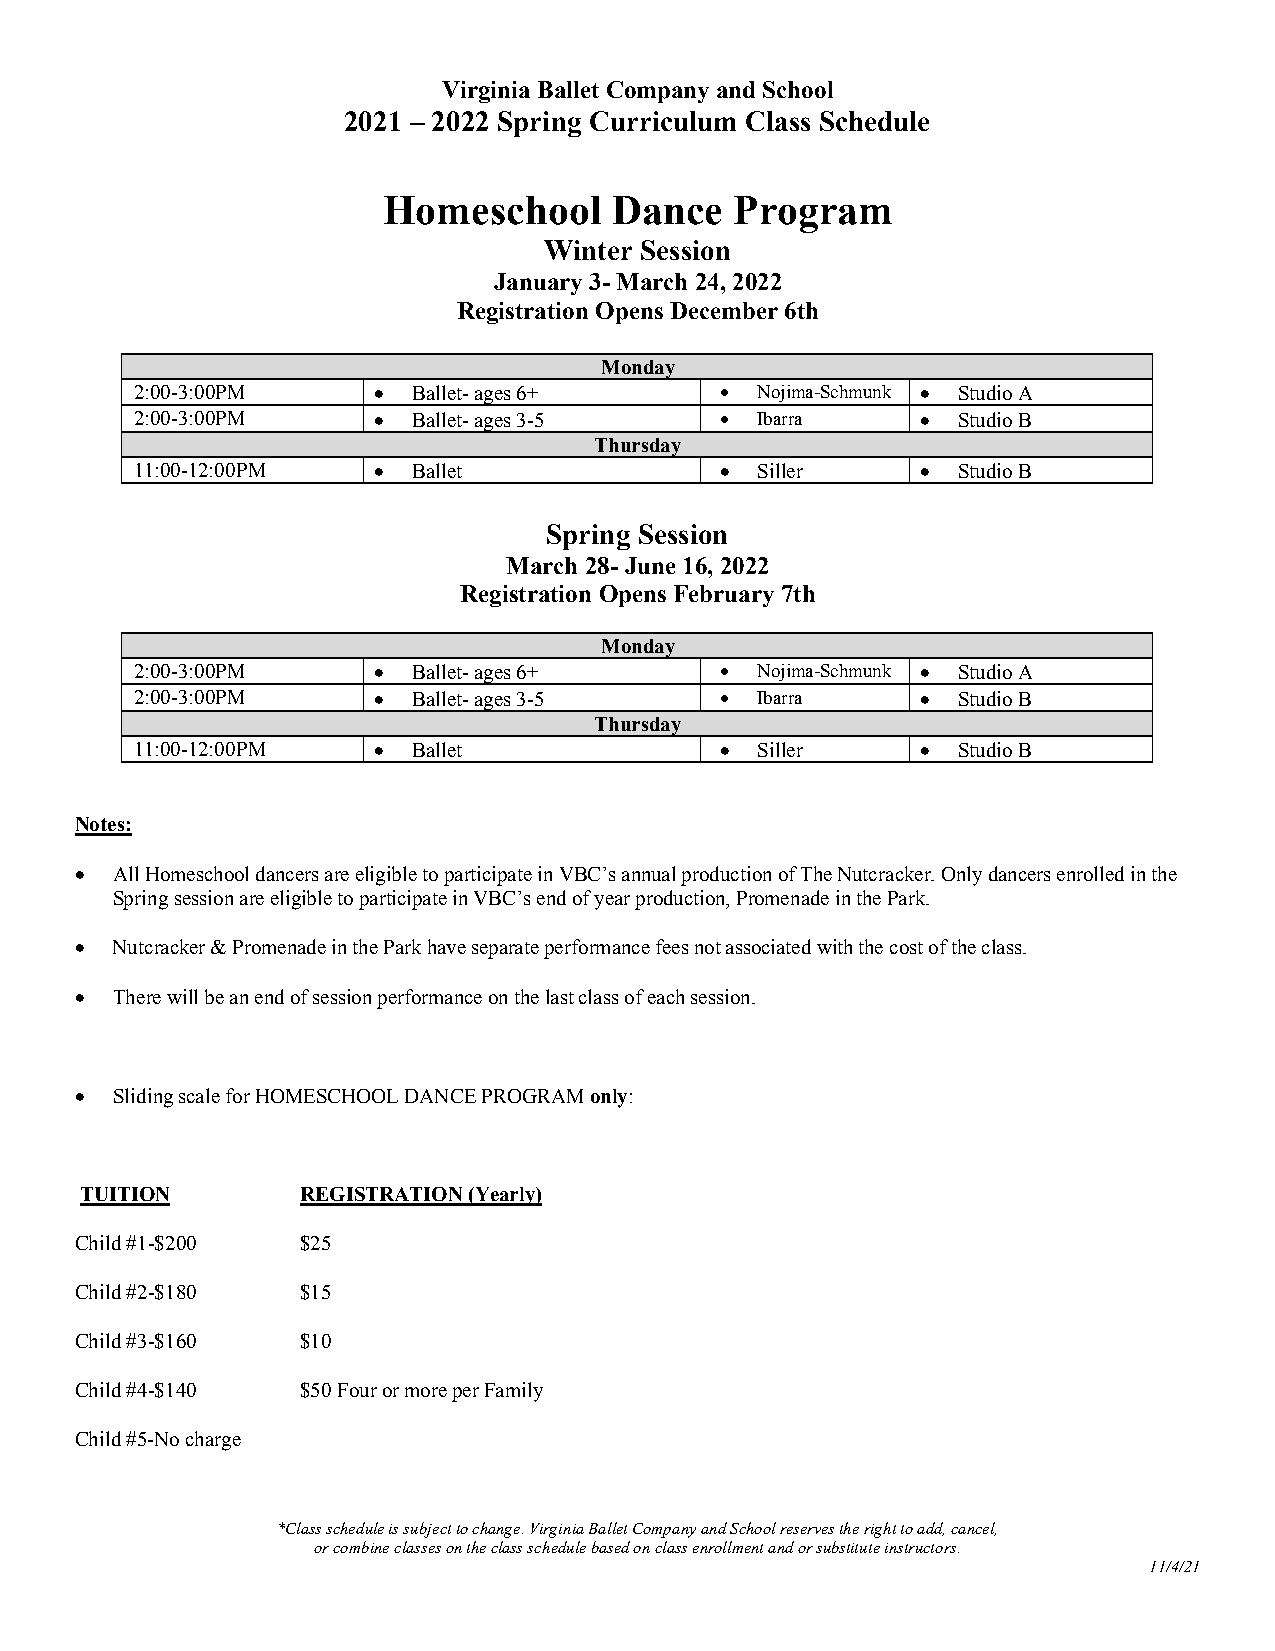
Virginia Ballet Company and School
 2021 – 2022 Spring Curriculum Class Schedule
 Homeschool     Dance    Program
 Winter Session
 January 3- March 24, 2022
 Registration Opens December 6th
 Monday
 2:00-3:00PM     • Ballet- ages 6+      • Nojima-Schmunk • Studio A
 2:00-3:00PM     • Ballet- ages 3-5     • Ibarra     • Studio B
 Thursday
 11:00-12:00PM   • Ballet               • Siller     • Studio B
 Spring Session
 March 28- June 16, 2022
 Registration Opens February 7th
 Monday
 2:00-3:00PM     • Ballet- ages 6+      • Nojima-Schmunk • Studio A
 2:00-3:00PM     • Ballet- ages 3-5     • Ibarra     • Studio B
 Thursday
 11:00-12:00PM   • Ballet               • Siller     • Studio B
 Notes:
 • All Homeschool dancers are eligible to participate in VBC’s annual production of The Nutcracker. Only dancers enrolled in the
 Spring session are eligible to participate in VBC’s end of year production, Promenade in the Park.
 • Nutcracker & Promenade in the Park have separate performance fees not associated with the cost of the class.
 • There will be an end of session performance on the last class of each session.
 • Sliding scale for HOMESCHOOL DANCE PROGRAM only:
 TUITION        REGISTRATION (Yearly)
 Child #1-$200  $25
 Child #2-$180  $15
 Child #3-$160  $10
 Child #4-$140  $50 Four or more per Family
 Child #5-No charge
 *Class schedule is subject to change. Virginia Ballet Company and School reserves the right to add, cancel,
 or combine classes on the class schedule based on class enrollment and or substitute instructors.
 11/4/21